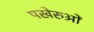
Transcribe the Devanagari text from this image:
पखेरुओं